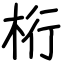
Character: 桁